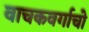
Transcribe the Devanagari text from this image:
वाचकवर्गाचो